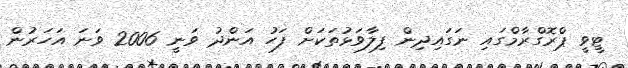
ޓީވީ ޕްރޮގްރާމްގައި ނަގައިދިން ފިލާވަޅުތަކަށް ފަހު އަންދު ވަނީ 2006 ވަނަ އަހަރުން